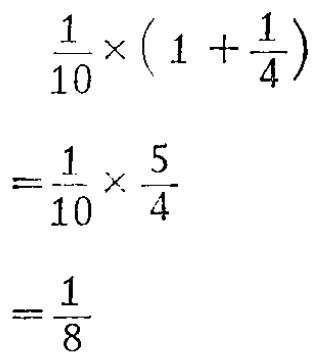
\[

\begin{align*}

&\frac{1}{10} \times (1 + \frac{1}{4})\\

=&\frac{1}{10} \times \frac{5}{4}\\

=&\frac{1}{8}

\end{align*}

\]